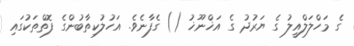
ގެ މަހްލަލްއީލު ގެ ޔަރުދު ގެ އަޚްނޫޚު () ގެފާނެވެ. އަހުލުކިތާބުންގެ ފޮތްތަކުގައި